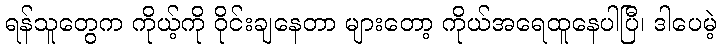
ရန်သူတွေက ကိုယ့်ကို ဝိုင်းချနေတာ များတော့ ကိုယ်အရေထူနေပါပြီ၊ ဒါပေမဲ့